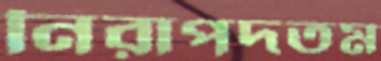
নিরাপদতম